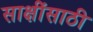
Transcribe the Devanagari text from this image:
साक्षींसाठी